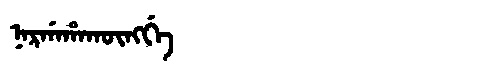
Manchu: ᠨᠠᡵᡤᠠᡥᠠᡴᡡᠩᡤᡝ
Romanization: NARGAHAKŪNGGE